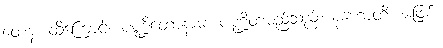
တေန၊ ထို့ကြောင့်။ ပဏ္ဍိတောနာမ၊ ပဏ္ဍိတမည်သည်။ နဟောတိ၊ မဖြစ်။